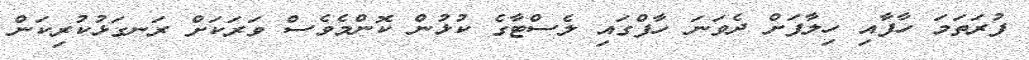
ފުރަތަމަ ހާފާއި ހިލާފަށް ދެވަނަ ހާފްގައި ލެސްޓާގެ ކުޅުން ކޮންމެވެސް ވަރަކަށް ރަނގަޅުކުރިކަން